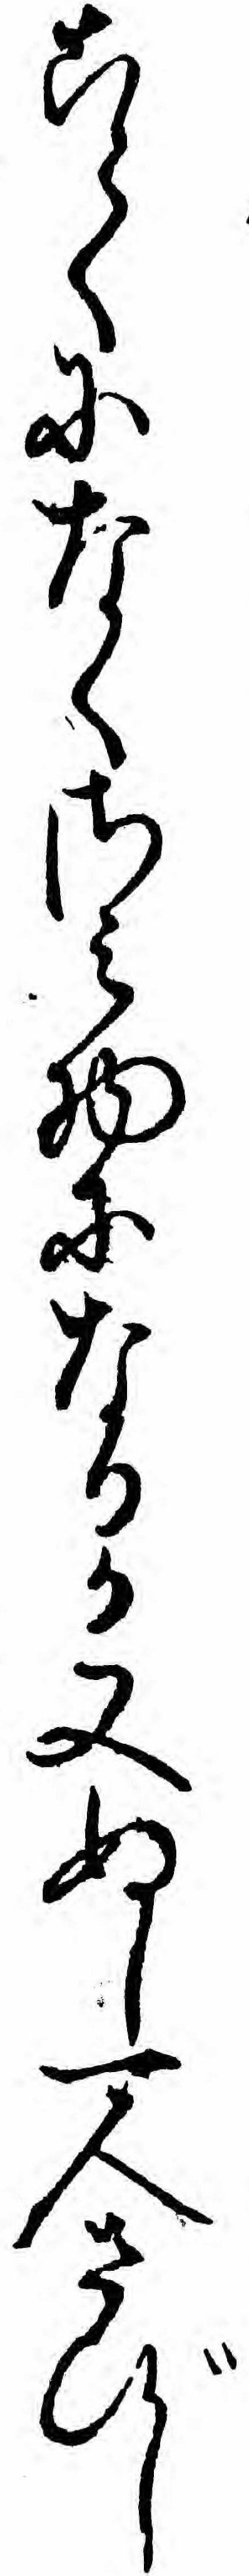
ことくになくさミ物になるか又ぬし一人さびし